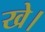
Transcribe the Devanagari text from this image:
खे।